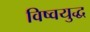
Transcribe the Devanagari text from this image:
विष्वयुद्ध